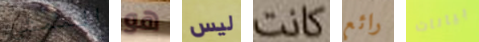
الممشى هو ليس كانت رائع بيانات